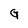
Character: G